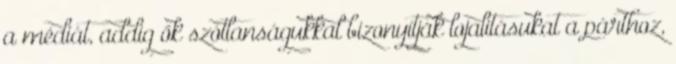
a médiát, addig ők szótlanságukkal bizonyítják lojalitásukat a párthoz,